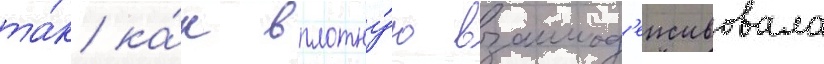
та́к ка́к вплотну́ю взаимод'еиствовала